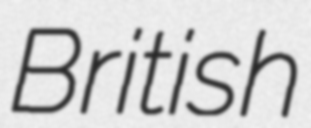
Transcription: British